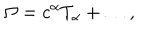
\Omega = c ^ { \alpha } T _ { \alpha } + \ldots ,